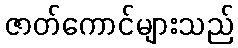
ဇာတ်ကောင်များသည်